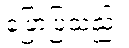
ပြောပြသည်။